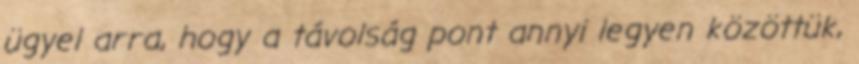
ügyel arra, hogy a távolság pont annyi legyen közöttük,